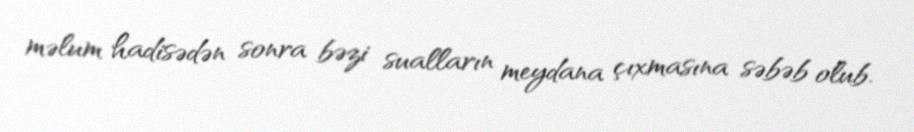
məlum hadisədən sonra bəzi sualların meydana çıxmasına səbəb olub.